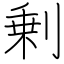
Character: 剰